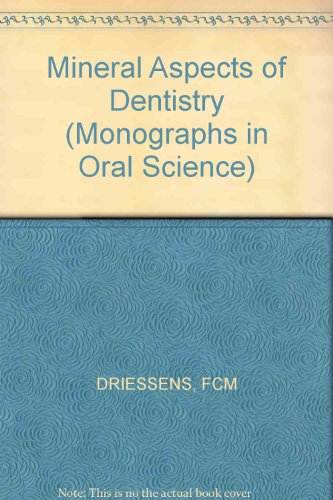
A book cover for Mineral Aspects of Dentistry (Monographs in Oral Science, Vol. 10); F.C.M. Driessens; Medical Books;